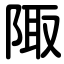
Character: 陬